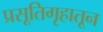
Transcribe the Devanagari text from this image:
प्रसूतिगृहातून